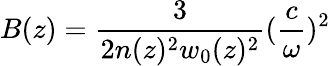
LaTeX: B(z)=\frac{3}{2n(z)^{2}w_{0}(z)^{2}}(\frac{c}{\omega})^{2}